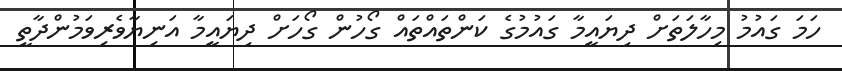
ހަަމަ ގައުމު މިހާލަތަށް ދިޔައީމާ ގައުމުގެ ކަންތައްތައް ގޯހުން ގޯހަށް ދިޔައީމާ އަނިޔާވެރިވަމުންދާތީ